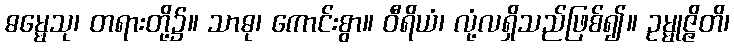
ဓမ္မေသု၊ တရားတို့၌။ သာဓု၊ ကောင်းစွာ။ ဝီရိယံ၊ လုံ့လရှိသည်ဖြစ်၍။ ဥမ္မုဇ္ဇိတိ၊